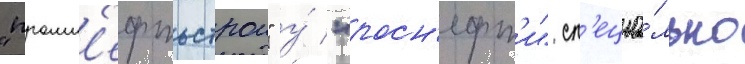
"промн'ефтьстрои" у́ "росн'ефт'и" сп'ециа́льно